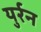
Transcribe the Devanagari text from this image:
युर्रन